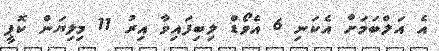
އެ އަލްބަމަށް އެކަނި 6 އެވޯޑް ލިބިފައިވާ އިރު 11 މިލިޔަން ކޮޕީ